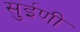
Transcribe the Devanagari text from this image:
सुईणी